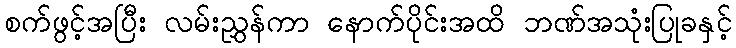
စက်ဖွင့်အပြီး လမ်းညွှန်ကာ နောက်ပိုင်းအထိ ဘဏ်အသုံးပြုခနှင့်